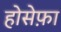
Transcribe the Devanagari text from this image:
होसेफ़ा